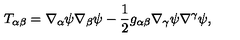
T _ { \alpha \beta } = \nabla _ { \alpha } \psi \nabla _ { \beta } \psi - \frac { 1 } { 2 } g _ { \alpha \beta } \nabla _ { \gamma } \psi \nabla ^ { \gamma } \psi ,